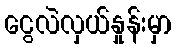
ငွေလဲလှယ်နှုန်းမှာ